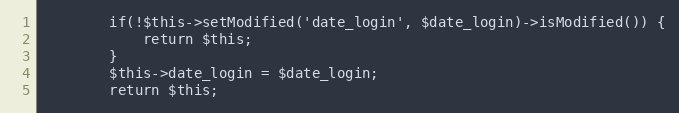
Language: PHP
        if(!$this->setModified('date_login', $date_login)->isModified()) {
            return $this;
        }
		$this->date_login = $date_login;
		return $this;